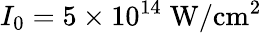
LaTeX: I_{0}=5\times 10^{14}\; \mathrm{W/cm^{2}}